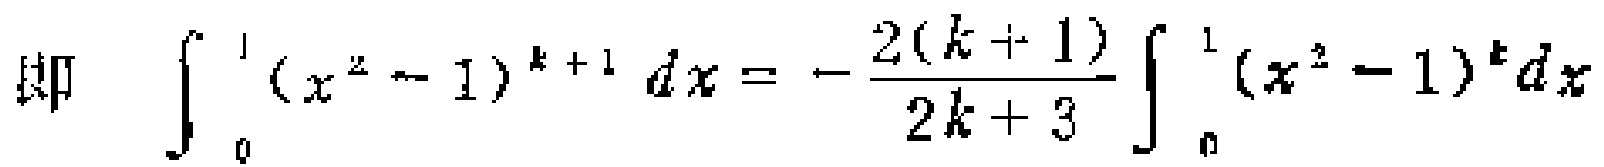
\[

\text{即} \quad \int_{0}^{1} (x^{2} - 1)^{k + 1} dx = - \frac{2(k + 1)}{2k + 3} \int_{0}^{1} (x^{2} - 1)^{k} dx

\]